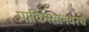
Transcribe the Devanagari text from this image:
पाकिस्तानवरच